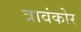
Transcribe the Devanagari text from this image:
त्रावंकोर